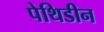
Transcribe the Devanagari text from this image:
पेथिडीन